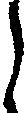
し